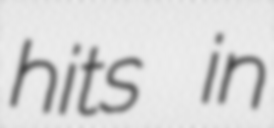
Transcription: hits in